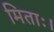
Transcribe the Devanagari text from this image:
मिताः।